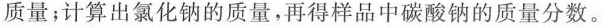
质量；计算出氯化钠的质量，再得样品中碳酸钠的质量分数。